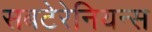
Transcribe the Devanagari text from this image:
सबटेरेनियन्स